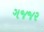
ગજજર